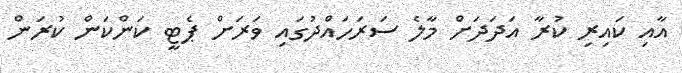
އާއި ކައިރި ކުރާ އަދަދަަށް މާލެ ސަރަހައްދުގައި ވަރަށް ޕެޓީ ކަންކަން ކުރަން